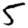
Digit: 5